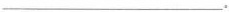
___。